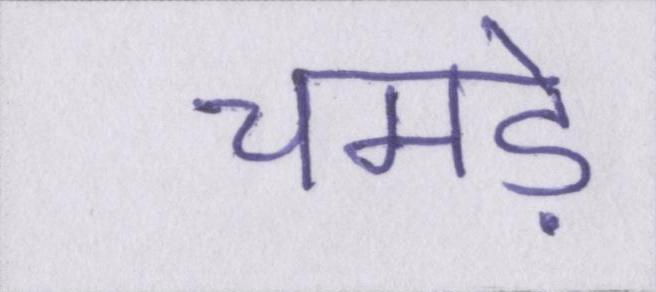
चमड़े